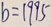
b = 1 9 9 5